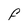
Character: F